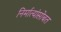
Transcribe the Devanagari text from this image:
निर्मात्यांसोबत